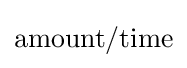
{\text{amount}}/{\text{time}}